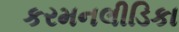
કરમનલીડિકા